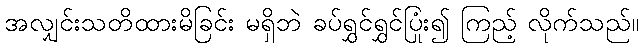
အလျှင်းသတိထားမိခြင်း မရှိဘဲ ခပ်ရွှင်ရွှင်ပြုံး၍ ကြည့် လိုက်သည်။